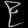
Digit: ၉